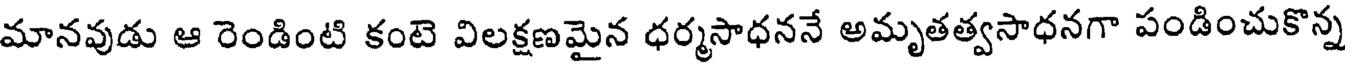
మానవుడు ఆ రెండింటి కంటె విలక్షణమైన ధర్మసాధననే అమృతత్వసాధనగా పండించుకొన్న